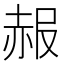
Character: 赧